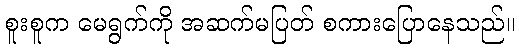
စူးစူက မေရွက်ကို အဆက်မပြတ် စကားပြောနေသည်။